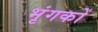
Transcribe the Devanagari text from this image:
भृंगकों